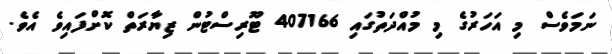
ނަމަވެސް މި އަހަރުގެ މި މުއްދަތުގައި 407166 ޓޫރިސްޓުން ޒިޔާރަތް ކޮށްފައިވެ އެވެ.